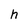
Character: h